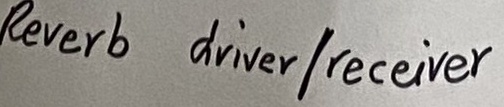
Text: Reverb driver/receiver